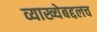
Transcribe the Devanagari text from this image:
व्याख्येबद्दलच